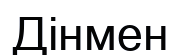
Дінмен